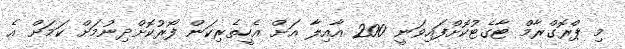
މި ޕްރޮގްރާމް ޓާގެޓުކޮށްފައިވަނީ 200 އާއިލާ އަށް އެހީތެރިކަން ފޯރުކޮށްދިނުމަށް ކަމަށް އެ